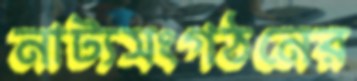
নাট্যসংগঠনের